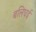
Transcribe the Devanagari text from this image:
बलिघई